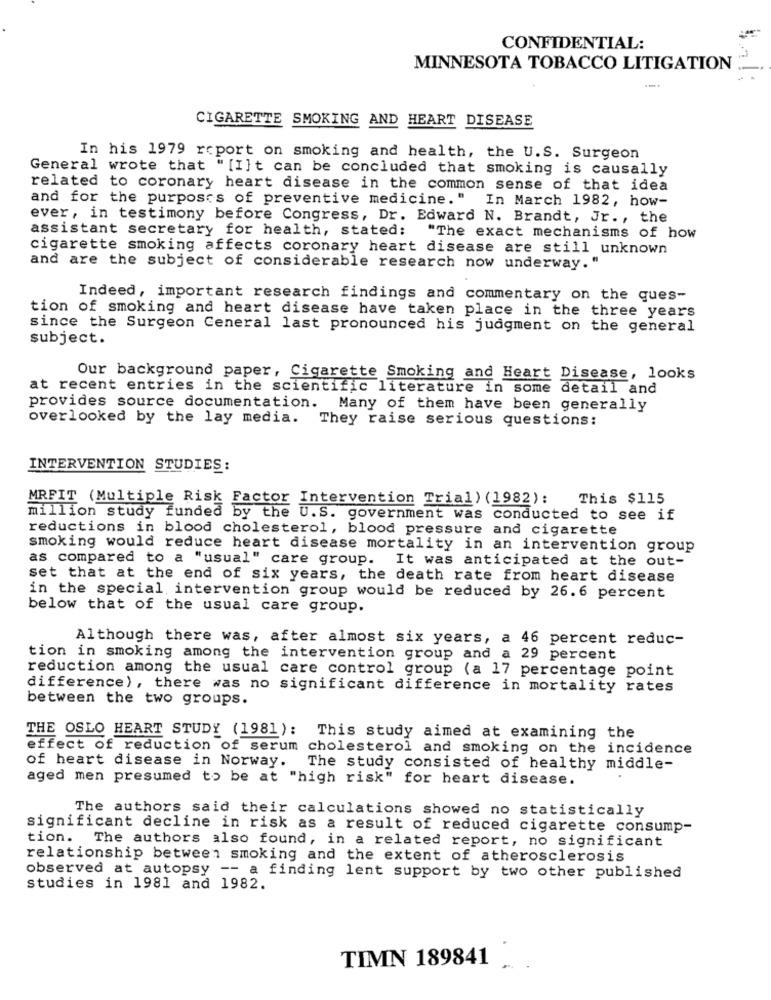
CONFIDENTIAL:
MINNESOTA TOBACCO LITIGATION
CIGARETTE SMOKING AND HEART DISEASE
In his 1979 report on smoking and health, the U.S. Surgeon
General wrote that "[I]t can be concluded that smoking is causally
related to coronary heart disease in the common sense of that idea
and for the purposes of preventive medicine." In March 1982, how-
ever, in testimony before Congress, Dr. Edward N. Brandt, Jr ., the
assistant secretary for health, stated:
"The exact mechanisms of how
cigarette smoking affects coronary heart disease are still unknown
and are the subject of considerable research now underway. "
Indeed, important research findings and commentary on the ques-
tion of smoking and heart disease have taken place in the three years
since the Surgeon General last pronounced his judgment on the general
subject.
Our background paper, Cigarette Smoking and Heart Disease, looks
at recent entries in the scientific literature in some detail and
provides source documentation. Many of them have been generally
overlooked by the lay media. They raise serious questions:
INTERVENTION STUDIES:
MRFIT (Multiple Risk Factor Intervention Trial) (1982): This $115
million study funded by the U.S. government was conducted to see if
reductions in blood cholesterol, blood pressure and cigarette
smoking would reduce heart disease mortality in an intervention group
as compared to a "usual" care group. It was anticipated at the out-
set that at the end of six years, the death rate from heart disease
in the special intervention group would be reduced by 26.6 percent
below that of the usual care group.
Although there was, after almost six years, a 46 percent reduc-
tion in smoking among the intervention group and a 29 percent
reduction among the usual care control group (a 17 percentage point
difference), there was no significant difference in mortality rates
between the two groups.
THE OSLO HEART STUDY (1981): This study aimed at examining the
effect of reduction of serum cholesterol and smoking on the incidence
of heart disease in Norway. The study consisted of healthy middle-
aged men presumed to be at "high risk" for heart disease.
The authors said their calculations showed no statistically
significant decline in risk as a result of reduced cigarette consump-
tion. The authors also found, in a related report, no significant
relationship between smoking and the extent of atherosclerosis
observed at autopsy -- a finding lent support by two other published
studies in 1981 and 1982.
TIMN 189841